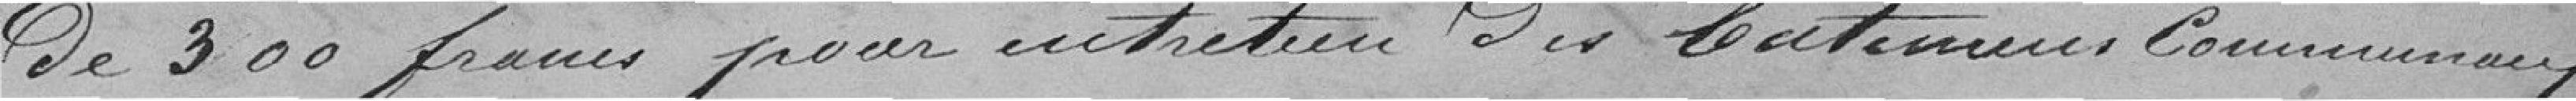
de 300 francs pour entretien des bâtiments communaux